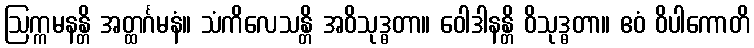
ဩက္ကမနန္တိ အတ္ထင်္ဂမနံ။ သံကိလေသန္တိ အဝိသုဒ္ဓတာ။ ဝေါဒါနန္တိ ဝိသုဒ္ဓတာ။ ဧဝံ ဝိပါကောတိ